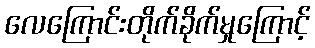
လေကြောင်းတိုက်ခိုက်မှုကြောင့်